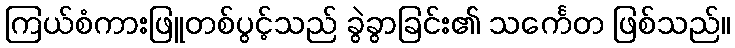
ကြယ်စံကားဖြူတစ်ပွင့်သည် ခွဲခွာခြင်း၏ သင်္ကေတ ဖြစ်သည်။